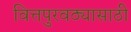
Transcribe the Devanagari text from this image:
वित्तपुरवठ्यासाठी